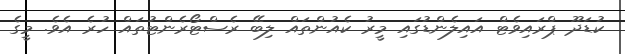
ކުޑަދޫ ޕްރައިވެޓް އައިލެންޑުގައި މީރު ކެއުންތައް ލިބޭ ރެސްޓޯރެންޓުތައް ހުރެ އެވެ. މީގެ